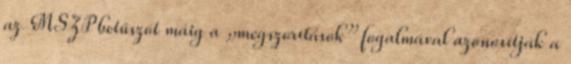
az MSZP betűszót máig a „megszorítások” fogalmával azonosítják a